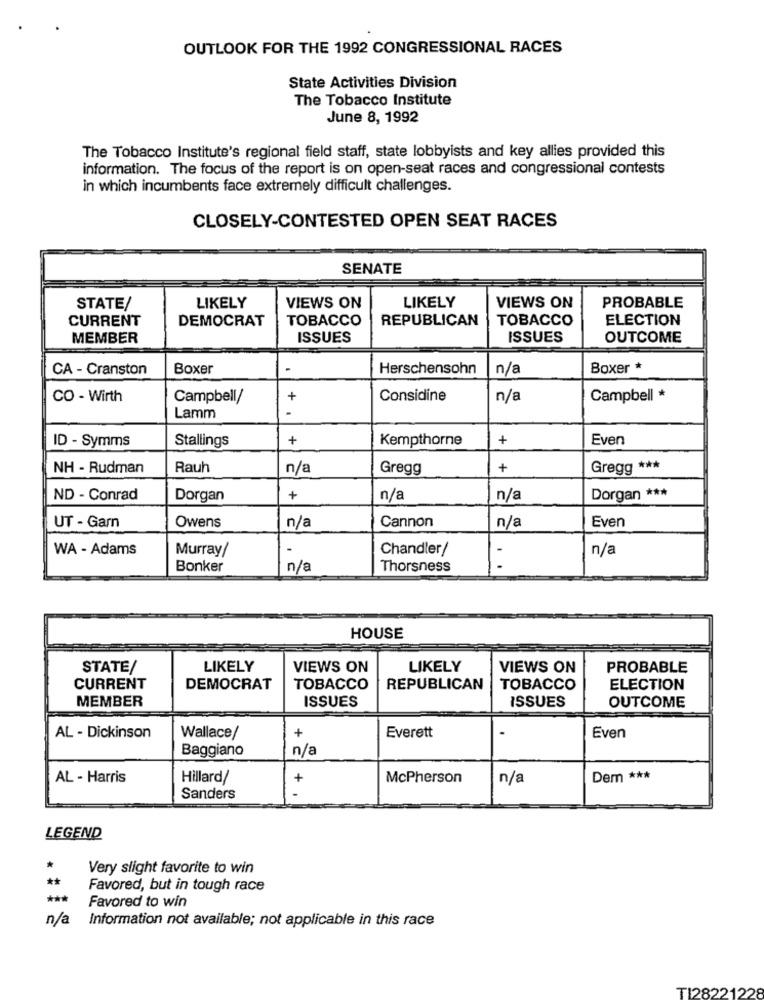
OUTLOOK FOR THE 1992 CONGRESSIONAL RACES
State Activities Division
The Tobacco Institute
June 8, 1992
The Tobacco Institute's regional field staff, state lobbyists and key allies provided this
information. The focus of the report is on open-seat races and congressional contests
in which incumbents face extremely difficult challenges.
CLOSELY-CONTESTED OPEN SEAT RACES
SENATE
LIKELY
PROBABLE
STATE/
LIKELY
VIEWS ON
VIEWS ON
CURRENT
DEMOCRAT
TOBACCO
REPUBLICAN
TOBACCO
ELECTION
MEMBER
ISSUES
ISSUES
OUTCOME
CA - Cranston
Boxer
Herschensohn
n/a
Boxer *
CO - Wirth
Campbell/
+
Considine
n/a
Campbell *
Lamm
ID - Symms
+
Kempthorne
+
Even
Stallings
NH - Rudman
Rauh
n/a
Gregg
+
Gregg ***
ND - Conrad
Dorgan
+
n/a
n/a
Dorgan ***
Even
UT - Garn
Owens
n/a
Cannon
n/a
WA - Adams
Murray/
Chandler/
-
n/a
Bonker
n/a
Thorsness
HOUSE
STATE/
LIKELY
VIEWS ON
LIKELY
VIEWS ON
PROBABLE
CURRENT
DEMOCRAT
TOBACCO
REPUBLICAN
TOBACCO
ELECTION
MEMBER
ISSUES
ISSUES
OUTCOME
Everett
AL - Dickinson
Wallace/
+
Even
Baggiano
n/a
AL - Harris
Hillard/
+
McPherson
n/a
Dem ***
Sanders
LEGEND
Very slight favorite to win
*
Favored, but in tough race
***
Favored to win
n/a
Information not available; not applicable in this race
TI28221228